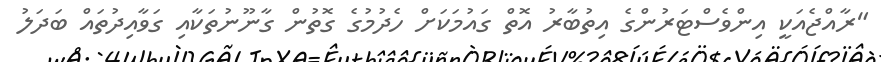
"ރާއްޖެއަކީ އިންވެސްޓަރުންގެ އިތުބާރު އޮތް ގައުމަކަށް ހެދުމުގެ ގޮތުން ގާނޫނުތަކާއި ގަވާއިދުތައް ބަދަލު